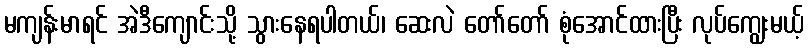
မကျန်းမာရင် အဲဒီကျောင်းသို့ သွားနေရပါတယ်၊ ဆေးလဲ တော်တော် စုံအောင်ထားပြီး လုပ်ကျွေးမယ့်